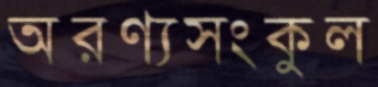
অরণ্যসংকুল